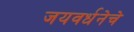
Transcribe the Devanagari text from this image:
जयवर्धनेचे